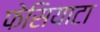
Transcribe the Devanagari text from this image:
फेसियाटा